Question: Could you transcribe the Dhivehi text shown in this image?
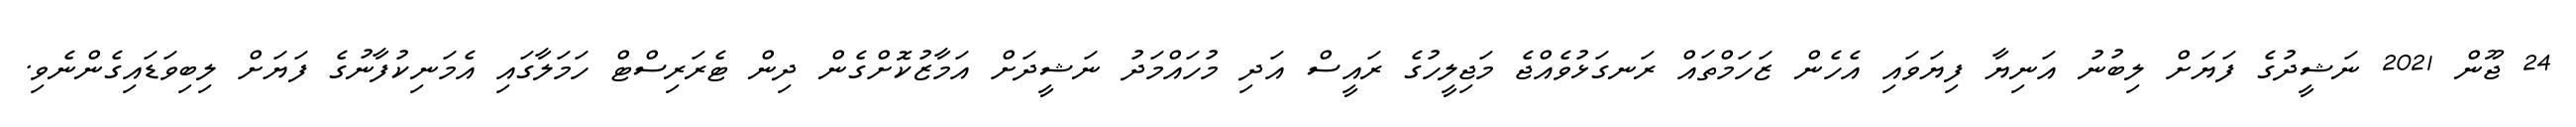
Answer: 24 ޖޫން 2021 ނަޝީދުގެ ފަޔަށް ލިބުނު އަނިޔާ ފިޔަވައި އެހެން ޒަހަމްތައް ރަނގަޅުވެއްޖެ މަޖިލީހުގެ ރައީސް އަދި މުހައްމަދު ނަޝީދަށް އަމާޒުކޮށްގެން ދިން ޓެރަރިސްޓް ހަމަލާގައި އެމަނިކުފާނުގެ ފަޔަށް ލިބިވަޑައިގެންނެވި.